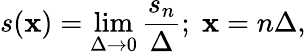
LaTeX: s(\mathbf{x})=\operatorname*{lim}_{\Delta\rightarrow0}\frac{{s_{n}}}{{\Delta}};\; \mathbf{x}=n\Delta,